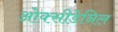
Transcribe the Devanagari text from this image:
ओक्सीडेनिल